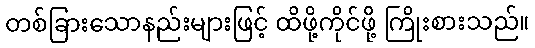
တစ်ခြားသောနည်းများဖြင့် ထိဖို့ကိုင်ဖို့ ကြိုးစားသည်။